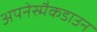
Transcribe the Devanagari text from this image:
अपनेस्मैकडाउन